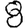
Digit: 8